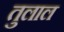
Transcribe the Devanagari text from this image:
तुलाल